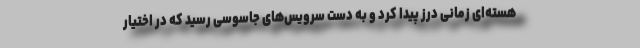
هسته‌ای زمانی درز پیدا کرد و به دست سرویس‌های جاسوسی رسید که در اختیار